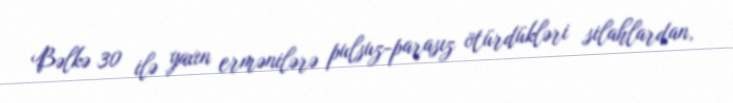
Bəlkə 30 ilə yaxın ermənilərə pulsuz-parasız ötürdükləri silahlardan,